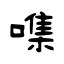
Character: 㗱